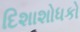
દિશાશોધકો